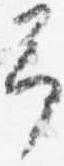
予